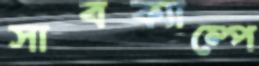
সাবক্যাম্পে